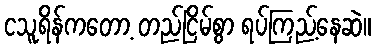
ငသူရိန်ကတော့ တည်ငြိမ်စွာ ရပ်ကြည့်နေဆဲ။